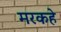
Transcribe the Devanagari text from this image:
मरकहे